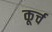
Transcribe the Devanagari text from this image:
कूर्च